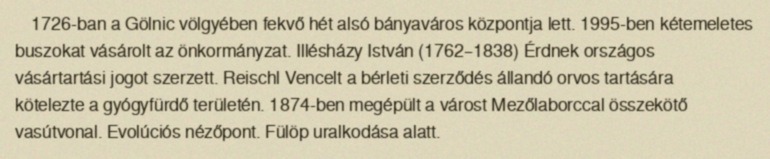
1726-ban a Gölnic völgyében fekvő hét alsó bányaváros központja lett. 1995-ben kétemeletes buszokat vásárolt az önkormányzat. Illésházy István (1762–1838) Érdnek országos vásártartási jogot szerzett. Reischl Vencelt a bérleti szerződés állandó orvos tartására kötelezte a gyógyfürdő területén. 1874-ben megépült a várost Mezőlaborccal összekötő vasútvonal. Evolúciós nézőpont. Fülöp uralkodása alatt.